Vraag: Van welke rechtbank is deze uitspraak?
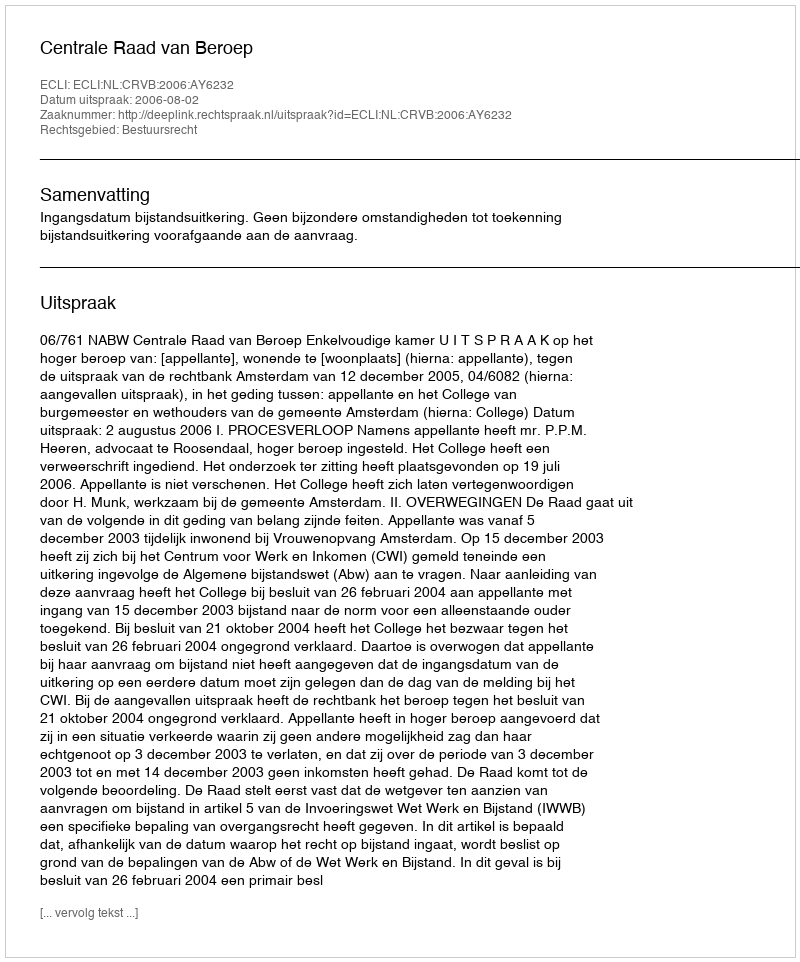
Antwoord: Centrale Raad van Beroep